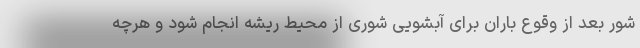
شور بعد از وقوع باران برای آبشویی شوری از محیط ریشه انجام شود و هرچه